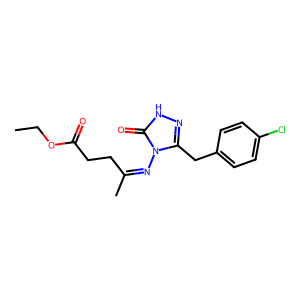
SMILES: CCOC(=O)CCC(C)=Nn1c(Cc2ccc(Cl)cc2)n[nH]c1=O
Inhibits HIV replication: No